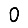
Digit: 0